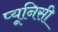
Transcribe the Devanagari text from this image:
प्यूनिसी